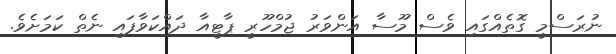
ނުރަސްމީ ގޮތެއްގައި ވެސް މޫސާ އަންވަރު ޖުމްހޫރީ ޕާޓީއާ ދައްކަވާފައި ނެތް ކަމަށެވެ.